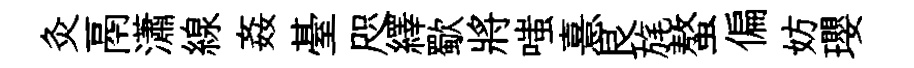
灸鬲瀟線姦䑓咫繹歜將嗤憙艮旄螯偏妨瓔